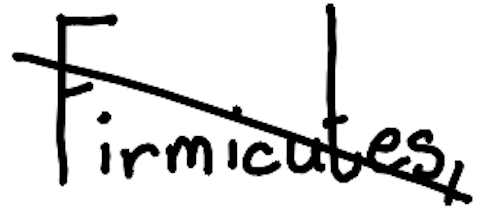
Text: Firmicutes,
Cross-out: diagonal
Writing tool: digital_black